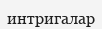
интригалар